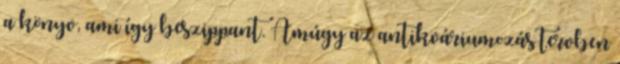
a könyv, ami így beszippant. Amúgy az antikváriumozás tervben